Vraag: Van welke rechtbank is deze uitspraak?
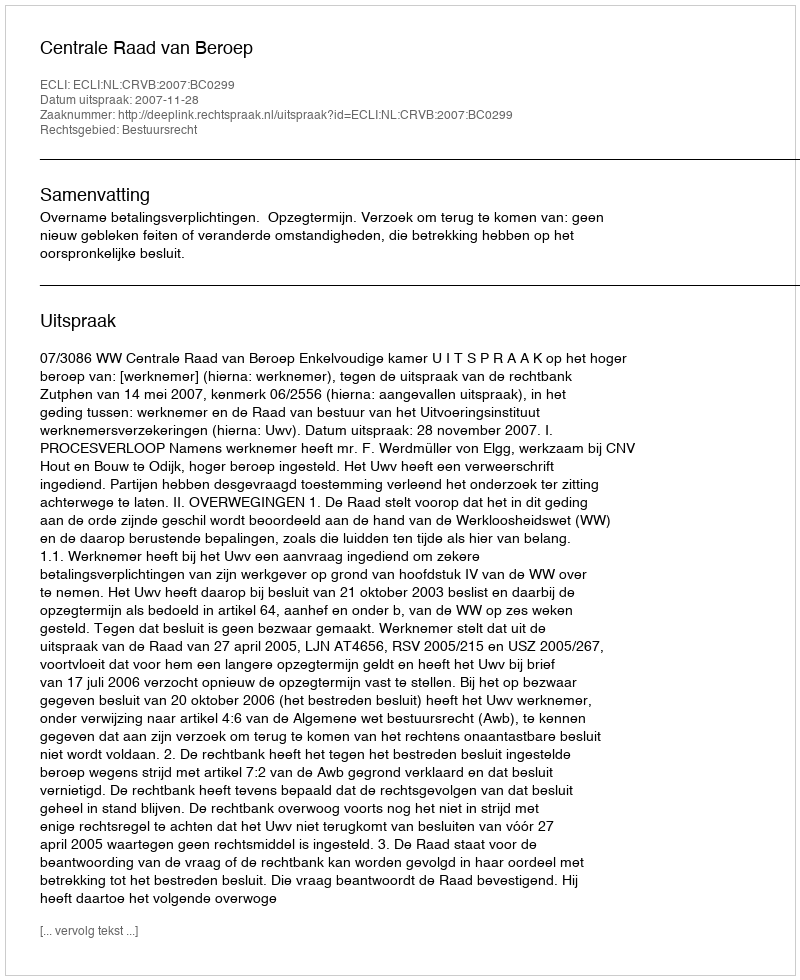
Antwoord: Centrale Raad van Beroep